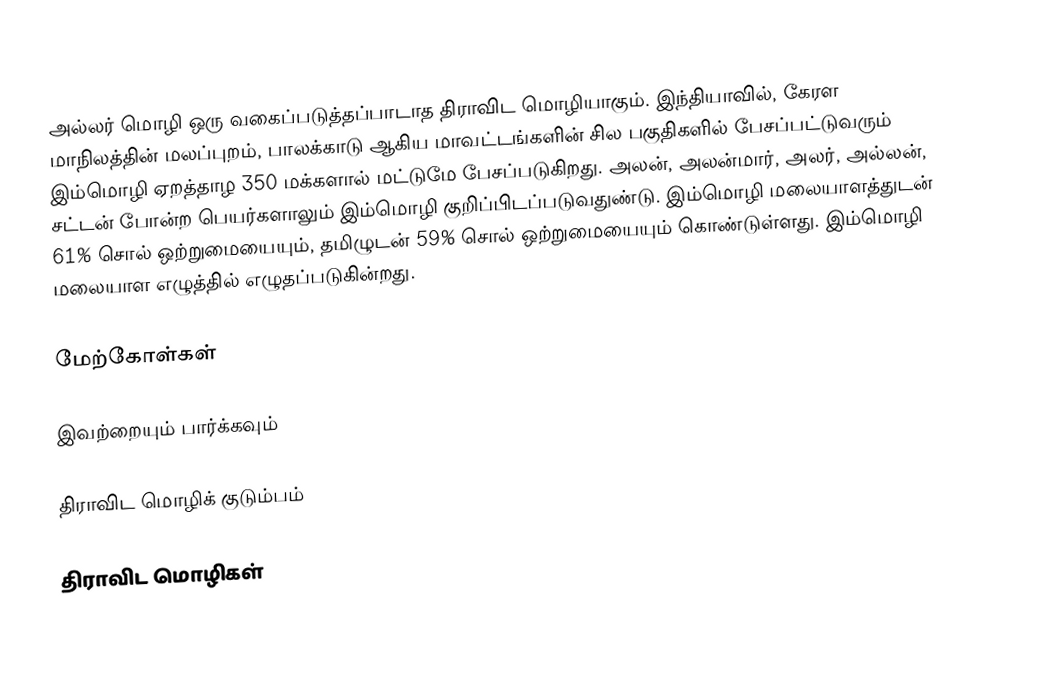
அல்லர் மொழி ஒரு வகைப்படுத்தப்பாடாத திராவிட மொழியாகும். இந்தியாவில், கேரள மாநிலத்தின் மலப்புறம், பாலக்காடு ஆகிய மாவட்டங்களின் சில பகுதிகளில் பேசப்பட்டுவரும் இம்மொழி ஏறத்தாழ 350 மக்களால் மட்டுமே பேசப்படுகிறது. அலன், அலன்மார், அலர், அல்லன், சட்டன் போன்ற பெயர்களாலும் இம்மொழி குறிப்பிடப்படுவதுண்டு.  இம்மொழி மலையாளத்துடன் 61% சொல் ஒற்றுமையையும், தமிழுடன் 59% சொல் ஒற்றுமையையும் கொண்டுள்ளது. இம்மொழி மலையாள எழுத்தில் எழுதப்படுகின்றது.

மேற்கோள்கள்

இவற்றையும் பார்க்கவும்

 திராவிட மொழிக் குடும்பம்

திராவிட மொழிகள்